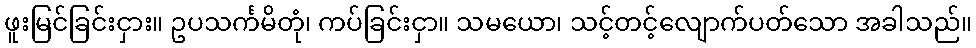
ဖူးမြင်ခြင်းငှား။ ဥပသင်္ကမိတုံ၊ ကပ်ခြင်းငှာ။ သမယော၊ သင့်တင့်လျောက်ပတ်သော အခါသည်။